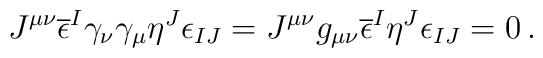
J^{\mu\nu}\overline{\epsilon}^{I}\gamma_{\nu}\gamma_{\mu}\eta^{J}\epsilon_{IJ}=J^{\mu\nu}g_{\mu\nu}\overline{\epsilon}^{I}\eta^{J}\epsilon_{IJ}=0\, .